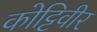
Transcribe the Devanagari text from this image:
कोट्टिवीर